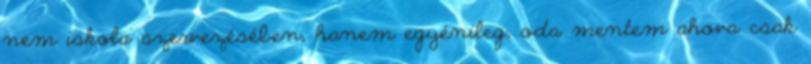
nem iskola szervezésében, hanem egyénileg, oda mentem ahova csak